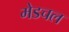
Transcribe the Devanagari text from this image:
मेडचल